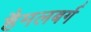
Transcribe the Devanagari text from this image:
हैमलबर्ग